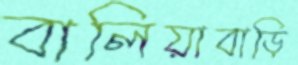
বালিয়াবাড়ি